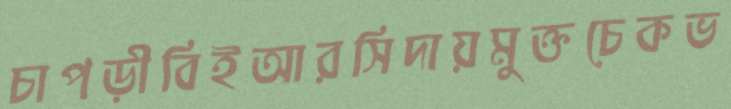
চাপড়ীবিইআরসিদায়মুক্তচেকভ